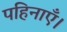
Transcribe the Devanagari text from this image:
पहिनाएँ।